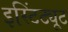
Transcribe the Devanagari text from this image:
इस्टिंट्यूट